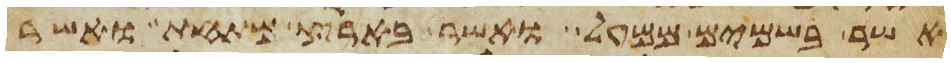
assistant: אשר בשמים ממעל ואשר בארץ מתחת ואשר